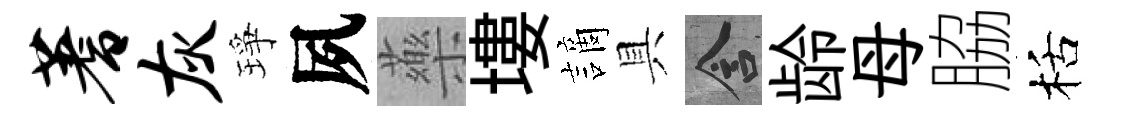
蓍灰琤夙藥塿謫具含龄母脇栝